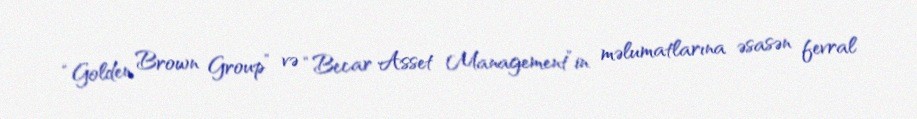
“Golden Brown Group” və “Becar Asset Management”in məlumatlarına əsasən fevral